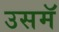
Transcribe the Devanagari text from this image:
उसमॅ